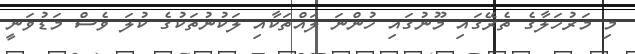
މި މަރުހަލާގެ ތެރޭގައި މޫނުގައި ހުންނަ ލައްތަކާއި ލަކުނުތަކުގެ ކުލަ ވެސް މަޑުވަނީ